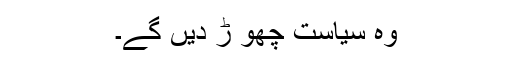
وہ سیاست چھو ڑ دیں گے۔